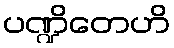
ပဏ္ဍိတေဟိ